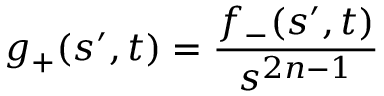
g _ { + } ( s ^ { \prime } , t ) = \frac { f _ { - } ( s ^ { \prime } , t ) } { s ^ { 2 n - 1 } }